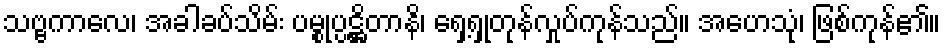
သဗ္ဗကာလေ၊ အခါခပ်သိမ်း ပမ္စုပ္ပဋ္ဌိတာနိ၊ ရှေ့ရှုတုန်လှုပ်ကုန်သည်။ အဟေသုံ၊ ဖြစ်ကုန်၏။